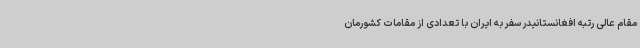
مقام عالی رتبه افغانستانیدر سفر به ایران با تعدادی از مقامات کشورمان